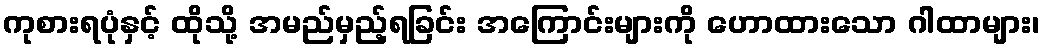
ကုစားရပုံနှင့် ထိုသို့ အမည်မှည့်ရခြင်း အကြောင်းများကို ဟောထားသော ဂါထာများ၊